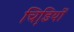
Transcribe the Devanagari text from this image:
चिडि़यों